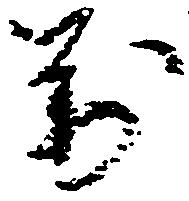
万